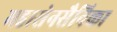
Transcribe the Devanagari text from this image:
महासेनसैनिका